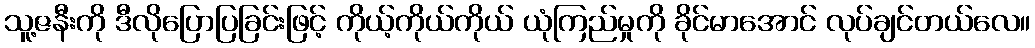
သူ့ဇနီးကို ဒီလိုပြောပြခြင်းဖြင့် ကိုယ့်ကိုယ်ကိုယ် ယုံကြည်မှုကို ခိုင်မာအောင် လုပ်ချင်တယ်လေ။